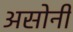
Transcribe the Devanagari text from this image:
असोनी